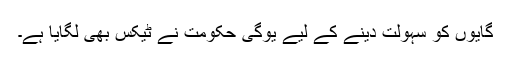
گایوں کو سہولت دینے کے لیے یوگی حکومت نے ٹیکس بھی لگایا ہے۔